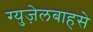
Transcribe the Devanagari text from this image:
ग्युज़ेलबाहसे